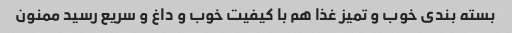
بسته بندی خوب و تمیز غذا هم با کیفیت خوب و داغ و سریع رسید ممنون